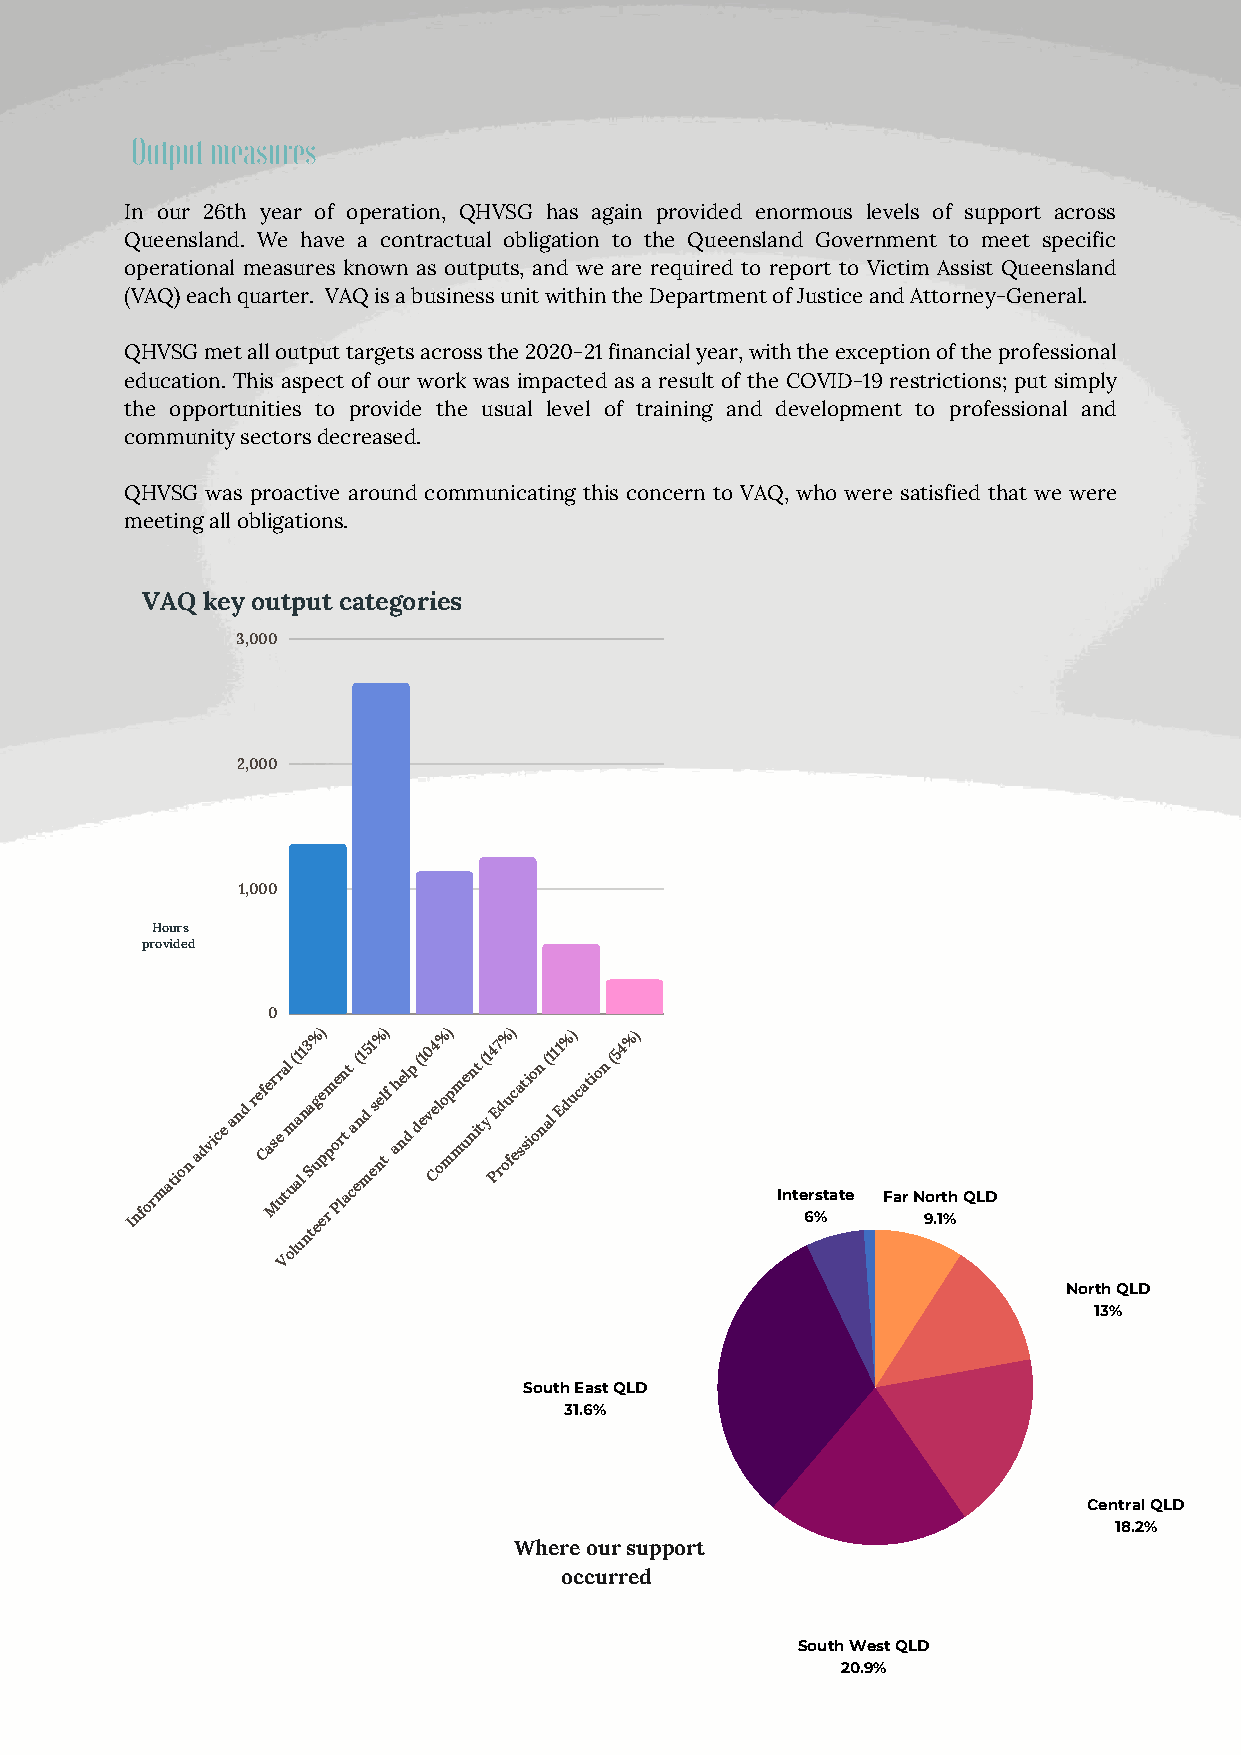
Output measures
 In our 26th year of operation, QHVSG has again provided enormous levels of support across
 Queensland. We have a contractual obligation to the Queensland Government to meet specific
 operational measures known as outputs, and we are required to report to Victim Assist Queensland
 (VAQ) each quarter. VAQ is a business unit within the Department of Justice and Attorney-General.
 QHVSG met all output targets across the 2020-21 financial year, with the exception of the professional
 education. This aspect of our work was impacted as a result of the COVID-19 restrictions; put simply
 the opportunities to provide the usual level of training and development to professional and
 community sectors decreased.
 QHVSG was proactive around communicating this concern to VAQ, who were satisfied that we were
 meeting all obligations.
 VAQ key output categories
 3,000
 2,000
 1,000
 Hours
 provided
 0
 %)  %)  %)   %)  %)  %)
 Information
 advice
 and ref Ce ar
 s
 Mr
 e
 u
 a tl um( aa1 l1 n n3 Sa tg
 u
 ee
 ep
 rp
 m
 o
 Pe
 r
 ln
 t
 a
 t
 ca
 e( n1 d m5 1 es nel
 t
 f ah nel
 d
 p d(1 ev0 Ce4 l oo mp mm ue nn it
 t
 ( y1 4 PE7 rd ou fc ea st si io on
 n
 ( a1 l 11 Education (54
 Inte 6r %state Far N 9o .r 1t %h QLD
 u
 Vol
 North QLD
 13%
 South East QLD
 31.6%
 Central QLD
 18.2%
 Where our support
 occurred
 South West QLD
 20.9%